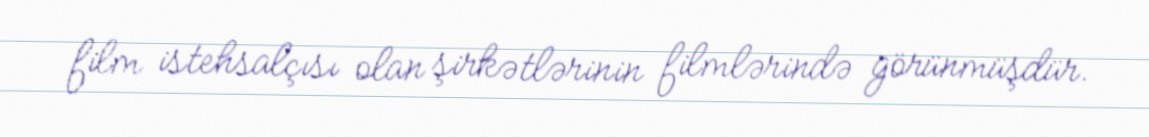
film istehsalçısı olan şirkətlərinin filmlərində görünmüşdür.